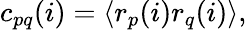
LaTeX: c_{pq}(i)=\left\langle r_{p}(i)r_{q}(i)\right\rangle,